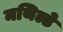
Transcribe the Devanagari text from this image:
मथिल्डे